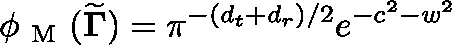
\phi _ { \mathrm { ~ M ~ } } ( { \widetilde { \mathbf { \Gamma } } } ) = \pi ^ { - ( { d _ { t } } + { d _ { r } } ) / 2 } e ^ { - c ^ { 2 } - w ^ { 2 } }